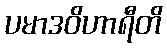
ပမာဒဝိဟာရီတိ